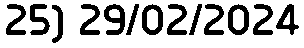
25) 29/02/2024